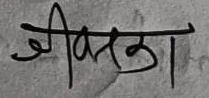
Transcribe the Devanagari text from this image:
जीवाला